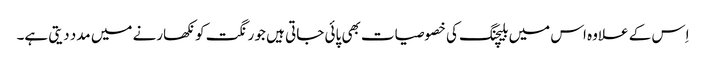
اِس کے علاوہ اس میں بلیچنگ کی خصوصیات بھی پائی جاتی ہیں جو رنگت کو نکھارنے میں مدد دیتی ہے۔